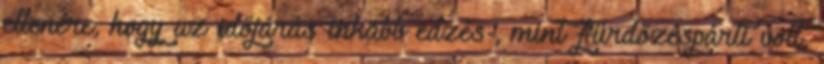
ellenére, hogy az időjárás inkább edzés-, mint fürdőzéspárti volt,